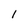
Character: l